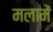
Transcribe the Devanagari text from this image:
मलामें